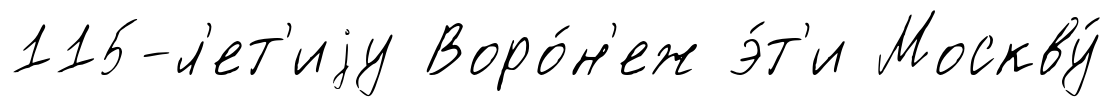
115-л'ет'иjу Воро́н'еж э́т'и Москву́